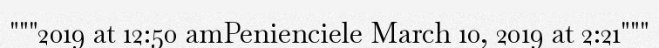
"""2019 at 12:50 amPenienciele March 10, 2019 at 2:21"""